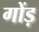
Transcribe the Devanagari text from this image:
गोंड़